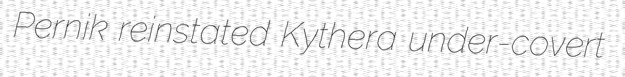
Pernik reinstated Kythera under-covert